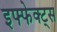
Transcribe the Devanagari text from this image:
इफ्फेक्ट्स